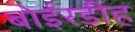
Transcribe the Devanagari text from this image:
बोईरडीह